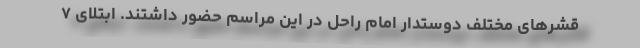
قشرهای مختلف دوستدار امام راحل در این مراسم حضور داشتند. ابتلای ۷